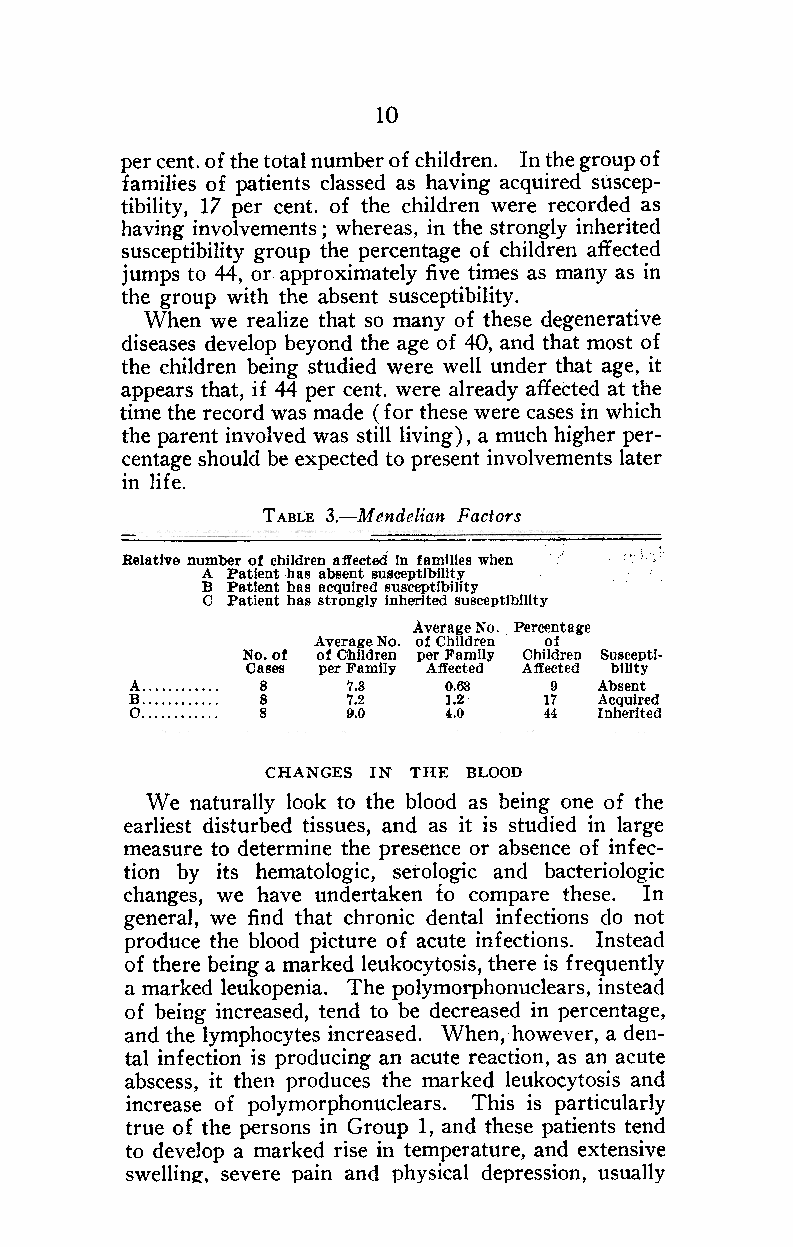
10
 per cent. of the total number of children. In the group of
 families of patients classed as having acquired suscep~
 tibility, 17 per cent. of the children were recorded as
 having involvements; whereas, in the strongly inherited
 susceptibility group the percentage of children affected
 jumps to 44, or approximately five times as many as in
 the group with the absent susceptibility.
 When we realize that so many of these degenerative
 diseases develop beyond the age of 40, and that most of
 the children being studied were well under that age, it
 appears that, if 44 per cent. were already affected at the
 time the record was made ( for these were casesi n which
 the parent involved was still living ) , a much higher per-
 centage should be expected to present involvements later
 in life.
 TABLE 3.-Mendelian Factors
 -=                     --.ji;
 Relative number of children affected In familIes when 0,;,
 A Patient has absent susceptibilIty
 B Patient has aCQuired susceptibility
 C Patient has strongly Inherited susceptibility
 Average No. Percentage
 Average No. of Children of
 No. of of C'hildren per Family Children Susceptl-
 Cases per Family Affected Affected bility
 A       8     7.3   0.&    9  Absent
 B       8     7.2   1.2    17  AcquIred
 0       8     9.0   4.0    44  InherIted
 CHANGES IN THE BLOOD
 We naturally look to the blood as being one of the
 earliest disturbed tissues, and as it is studied in large
 measure to determine the presence or absence of infec-
 tion by its hematologic, serologic and bacteriologic
 changes, we have undertaken to compare these. In
 general, we find that chronic dental infections do not
 produce the blood picture of acute infections. Instead
 of there being a marked leukocytosis, there is frequently
 a marked leukopenia. The polymorphonuclears, instead
 of being increased, tend to be decreased in percentage,
 and the lymphocytes increased. When, however, a den-
 tal infection is producing an acute reaction, as an acute
 abscess, it then produces the marked leukocytosis and
 increase of polymorphonuclears. This is particularly
 true of the persons in Group 1, and these patients tend
 to develop a marked rise in temperature, and extensive
 swellin~. severe pain and physical depression, usually